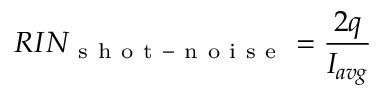
R I N _ { \mathrm { ~ s ~ h ~ o ~ t ~ - ~ n ~ o ~ i ~ s ~ e ~ } } = \frac { 2 q } { I _ { a v g } }